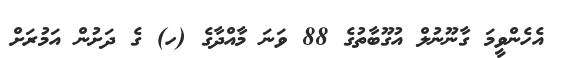
އެހެންވީމަ ގާނޫނުލް އުގޫބާތުގެ 88 ވަނަ މާއްދާގެ (ހ) ގެ ދަށުން އަމުރަށް